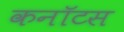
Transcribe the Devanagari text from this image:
कनॉटस